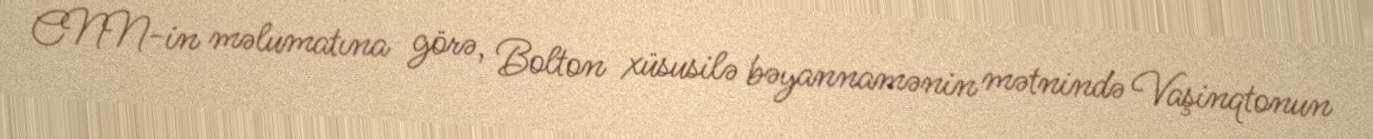
CNN-in məlumatına görə, Bolton xüsusilə bəyannamənin mətnində Vaşinqtonun